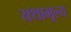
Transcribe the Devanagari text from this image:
यथामूल्य